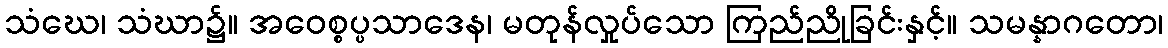
သံဃေ၊ သံဃာ၌။ အဝေစ္စပ္ပသာဒေန၊ မတုန်လှုပ်သော ကြည်ညိုခြင်းနှင့်။ သမန္နာဂတော၊